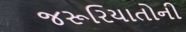
જરૂરિયાતોની